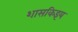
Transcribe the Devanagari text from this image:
शासकिइय